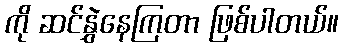
ကို ဆင်နွှဲနေကြတာ ဖြစ်ပါတယ်။